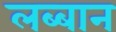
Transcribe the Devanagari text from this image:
लब्बान